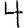
Digit: 4